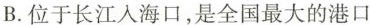
B.位于长江入海口，是全国最大的港口